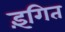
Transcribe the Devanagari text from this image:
इंगित